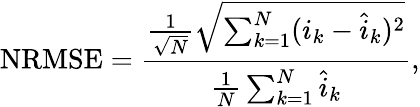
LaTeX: \mathrm{NRMSE}=\frac{\frac{1}{\sqrt{N}}\sqrt{\sum_{k=1}^{N}(i_{k}-\hat{i}_{k})^{2}}}{\frac 1N\sum_{k=1}^{N}\hat{i}_{k}},